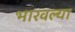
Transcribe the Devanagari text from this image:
भारवल्या